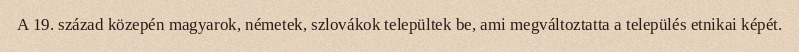
A 19. század közepén magyarok, németek, szlovákok települtek be, ami megváltoztatta a település etnikai képét.